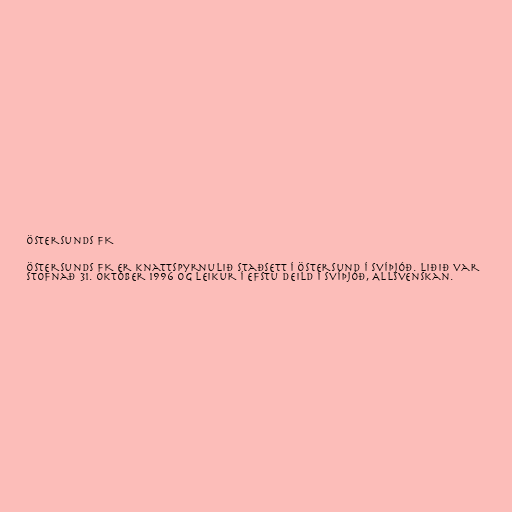
Östersunds FK

Östersunds FK er knattspyrnulið staðsett í Östersund í Svíþjóð. Liðið var
stofnað 31. október 1996 og leikur í efstu deild í Svíþjóð, Allsvenskan.